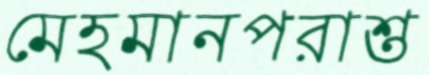
মেহমানপরাশ্ত